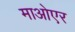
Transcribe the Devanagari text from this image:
माओएर